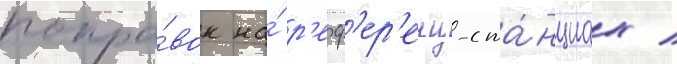
попра́вок на́ р'еф'ер'енц-ста́нциах /